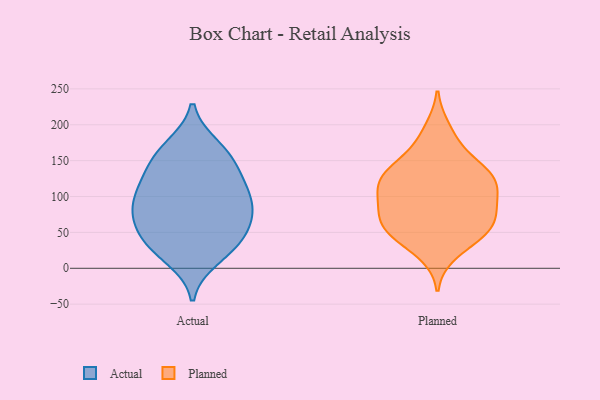
{"axis": {"x": "Page Views", "y": "Value"}, "legend": ["Actual", "Planned"], "data": [{"x": "", "y": 86, "type": "Actual"}, {"x": "", "y": 73, "type": "Actual"}, {"x": "", "y": 164, "type": "Actual"}, {"x": "", "y": 119, "type": "Actual"}, {"x": "", "y": 44, "type": "Actual"}, {"x": "", "y": 45, "type": "Actual"}, {"x": "", "y": 36, "type": "Actual"}, {"x": "", "y": 111, "type": "Actual"}, {"x": "", "y": 117, "type": "Actual"}, {"x": "", "y": 14, "type": "Actual"}, {"x": "", "y": 26, "type": "Actual"}, {"x": "", "y": 73, "type": "Actual"}, {"x": "", "y": 170, "type": "Actual"}, {"x": "", "y": 153, "type": "Actual"}, {"x": "", "y": 142, "type": "Actual"}, {"x": "", "y": 93, "type": "Actual"}, {"x": "", "y": 78, "type": "Actual"}, {"x": "", "y": 131, "type": "Planned"}, {"x": "", "y": 46, "type": "Planned"}, {"x": "", "y": 193, "type": "Planned"}, {"x": "", "y": 89, "type": "Planned"}, {"x": "", "y": 61, "type": "Planned"}, {"x": "", "y": 106, "type": "Planned"}, {"x": "", "y": 123, "type": "Planned"}, {"x": "", "y": 133, "type": "Planned"}, {"x": "", "y": 131, "type": "Planned"}, {"x": "", "y": 55, "type": "Planned"}, {"x": "", "y": 22, "type": "Planned"}, {"x": "", "y": 55, "type": "Planned"}, {"x": "", "y": 109, "type": "Planned"}, {"x": "", "y": 122, "type": "Planned"}, {"x": "", "y": 45, "type": "Planned"}, {"x": "", "y": 175, "type": "Planned"}, {"x": "", "y": 90, "type": "Planned"}, {"x": "", "y": 75, "type": "Planned"}, {"x": "", "y": 74, "type": "Planned"}, {"x": "", "y": 147, "type": "Planned"}]}